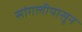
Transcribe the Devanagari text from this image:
सांगलीपासून